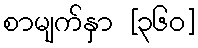
စာမျက်နှာ [၃၆၀]